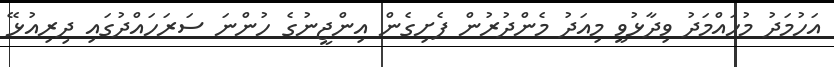
އަހުމަދު މުހައްމަދު ވިދާޅުވީ މިއަދު މެންދުރުން ފެށިގެން އިންޖީނުގެ ހުންނަ ސަރަހައްދުގައި ދިރިއުޅޭ